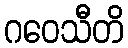
ဂဝေသီတိ